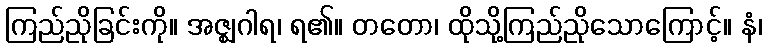
ကြည်ညိုခြင်းကို။ အဇ္ဈဂါရ၊ ရ၏။ တတော၊ ထိုသို့ကြည်ညိုသောကြောင့်။ နံ၊